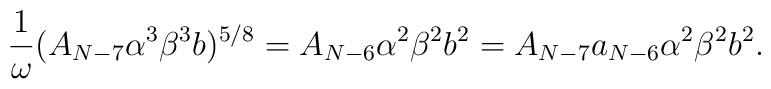
\frac{1}{\omega} (A_{N-7}\alpha^3 \beta^3 b)^{5/8}=A_{N-6}\alpha^2 \beta^2 b^2 =A_{N-7}a_{N-6}\alpha^2 \beta^2 b^2.